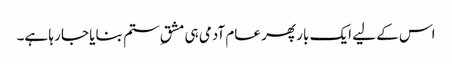
اس کے لیے ایک بار پھر عام آدمی ہی مشقِ ستم بنایا جا رہا ہے۔